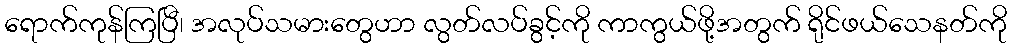
ရောက်ကုန်ကြပြီ၊ အလုပ်သမားတွေဟာ လွတ်လပ်ခွင့်ကို ကာကွယ်ဖို့အတွက် ရိုင်ဖယ်သေနတ်ကို